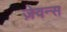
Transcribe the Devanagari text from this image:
ज़ेवन्स